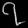
Digit: ၇